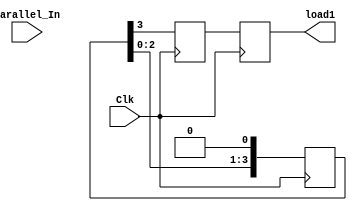
`timescale 1ns / 1ps

module shift_register(Clk, Parallel_In,load1);
input Clk;
input [3:0]Parallel_In;
reg Serial_Out;
reg [3:0]tmp;
reg [3:0]tmp1=4'b0000;
output load1;

always @(posedge Clk) begin
tmp <= Parallel_In;
Serial_Out <= tmp[3];
tmp <= {tmp[2:0],1'b0};
end

always @(posedge Clk) begin
tmp1 = {tmp1[2:0], Serial_Out};
end

assign load1 = tmp1;

endmodule